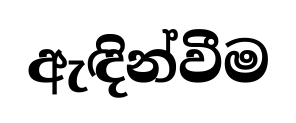
ඇඳින්වීම